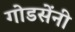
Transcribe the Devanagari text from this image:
गोडसेंनी